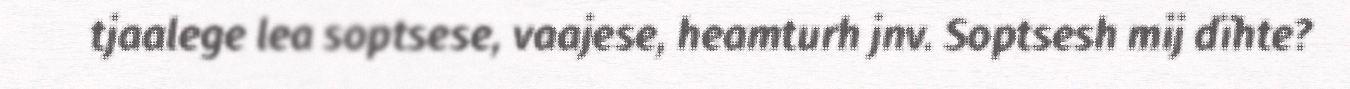
tjaalege lea soptsese, vaajese, heamturh jnv. Soptsesh mij dïhte?